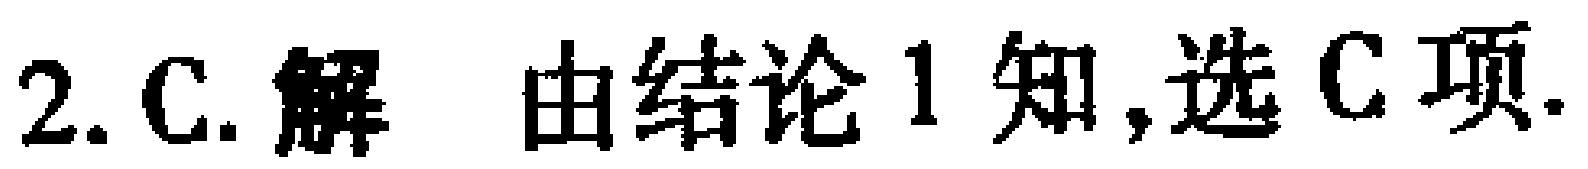
2. C. 解 由结论 1 知,选 C 项.